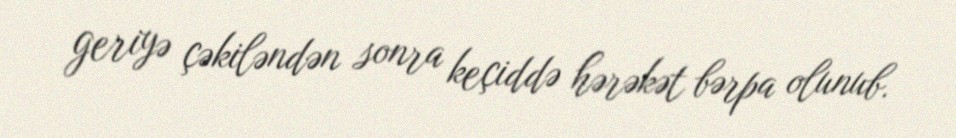
geriyə çəkiləndən sonra keçiddə hərəkət bərpa olunub.